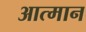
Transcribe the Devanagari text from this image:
आत्मान